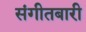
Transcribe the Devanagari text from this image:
संगीतबारी